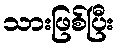
သားဖြစ်ပြီး